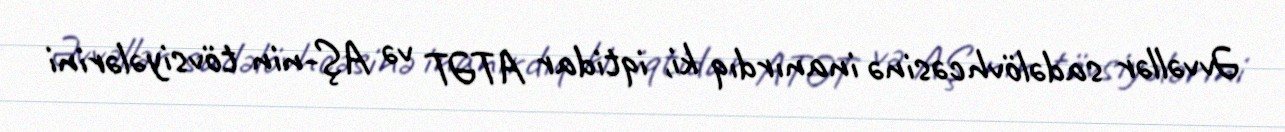
Əvvəllər sadəlövhcəsinə inanırdıq ki, iqtidar ATƏT və AŞ-nin tövsiyələrini